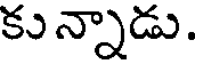
కు న్నాడు.